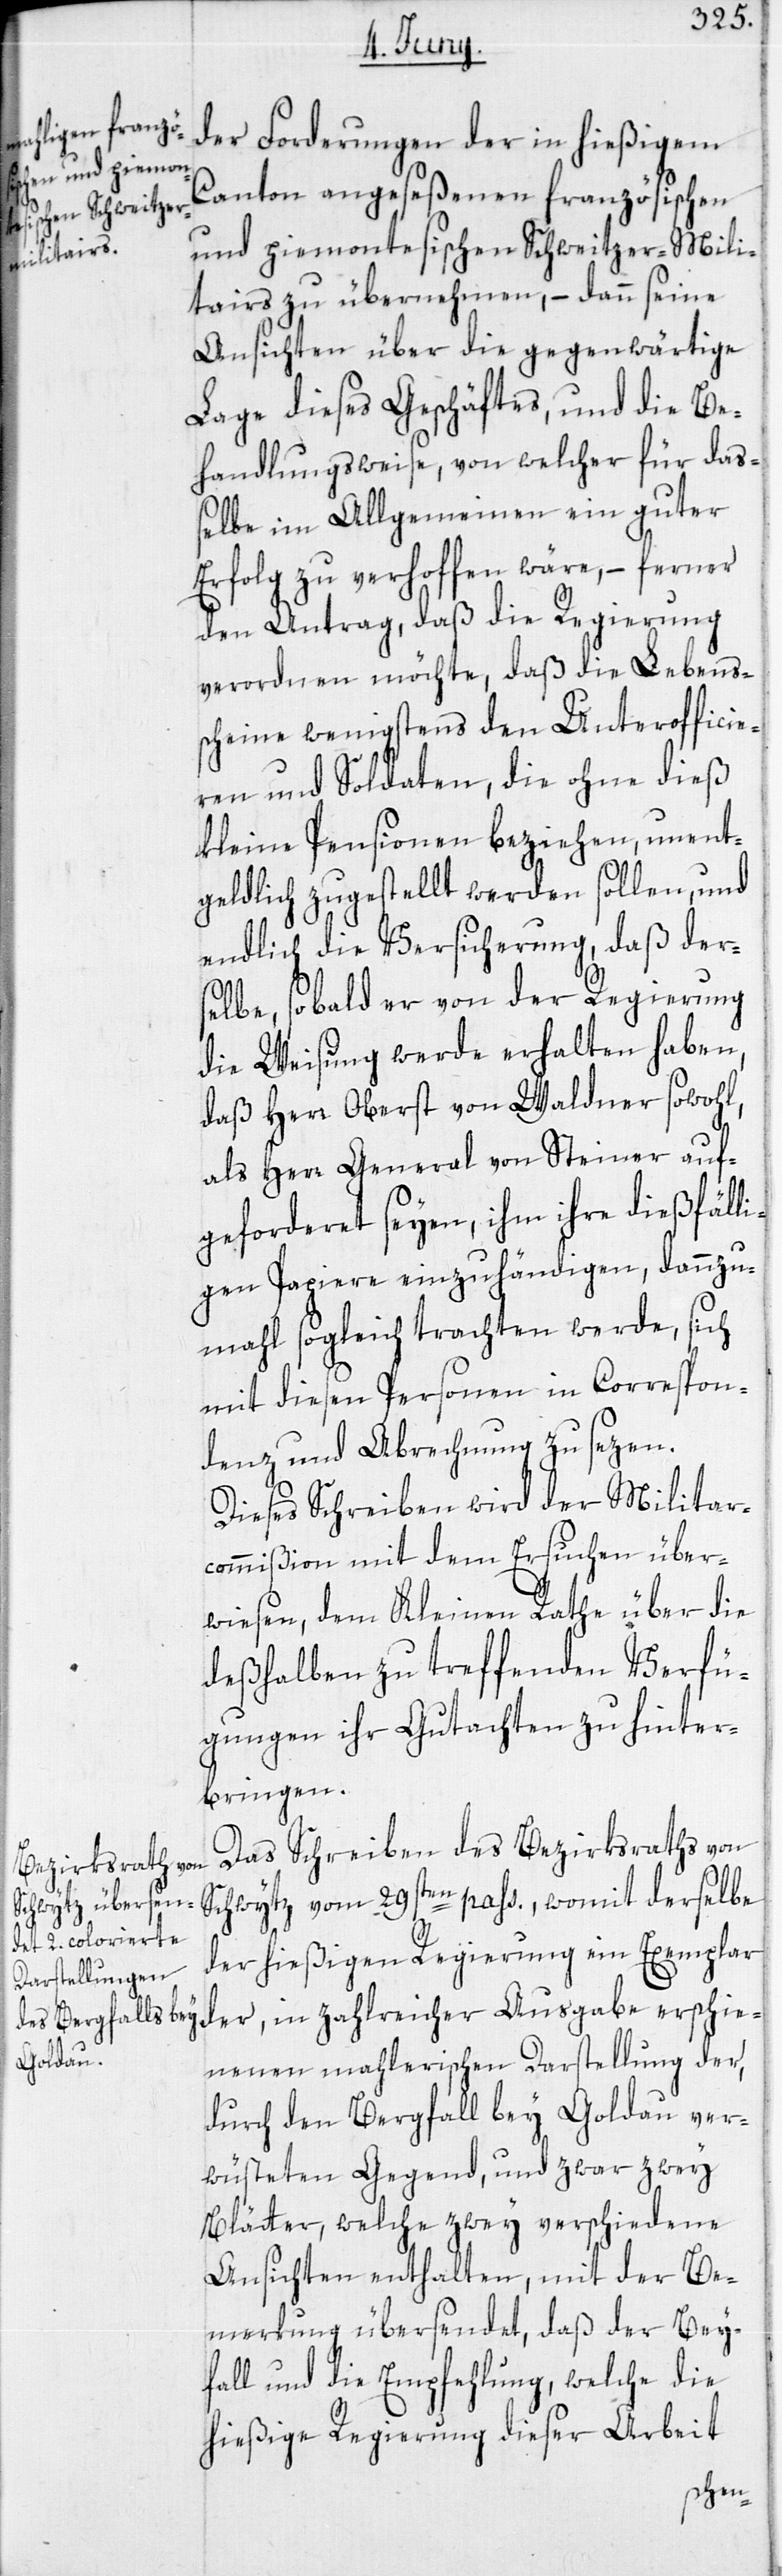
der Forderungen der in hießigem
Canton angeseßenen französischen
und piemontesischen Schweitzer-Mili¬
tairs zu übernehmen, – dann seine
Ansichten über die gegenwärtige
Lage dieses Geschäftes, und die Be¬
handlungsweise, von welcher für das¬
selbe im Allgemeinen ein guter
Erfolg zu verhoffen wäre, – ferner
den Antrag, daß die Regierung
verordnen möchte, daß die Lebens¬
scheine wenigstens den Unterofficie¬
ren und Soldaten, die ohne dieß
kleine Pensioen beziehen, unent¬
geldlich zugestellt werden sollen, und
endlich die Versicherung, daß der¬
selbe, sobald er von der Regierung
die Weisung werde erhalten haben,
daß Herr Oberst von Waldner sowohl,
als Herr General von Steiner auf¬
geforderet seyen, ihm ihre dießfälli¬
gen Papiere einzuhändigen, dannzu¬
mahl sogleich trachten werde, sich
mit diesen Personen in Correspon¬
denz und Abrechnung zu sezen.
Dieses Schreiben wird der Militar¬
commißion mit dem Ersuchen über¬
wiesen, dem Kleinen Rathe über die
deßhalben zu treffenden Verfü¬
gungen ihr Gutachten zu hinter¬
bringen.
Das Schreiben des Bezirksraths von
Schwytz vom 29sten pass., womit derselbe
der hießigen Regierung ein Exemplar
der, in zahlreicher Ausgaabe erschie¬
nenen mahlerischen Darstellung der,
durch den Bergfall bey Goldau ver¬
wüsteten Gegend, und zwar zwey
Blätter, welche zwey verschiedene
Ansichten enthalten, mit der Be¬
merkung übersendet, daß der Bey¬
fall und die Empfehlung, welche die
hießige Regierung dieser Arbeit